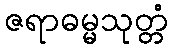
ဇရာဓမ္မသုတ္တံ